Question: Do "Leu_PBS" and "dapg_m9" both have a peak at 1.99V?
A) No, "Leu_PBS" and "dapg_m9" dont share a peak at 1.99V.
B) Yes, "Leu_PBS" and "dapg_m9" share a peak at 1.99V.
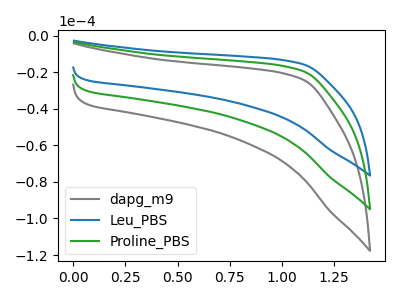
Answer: <think>The gray curve "dapg_m9" has no peaks. The blue curve "Leu_PBS" has no peaks. The green curve "Proline_PBS" has no peaks.</think>
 <answer>A) No, "Leu_PBS" and "dapg_m9" dont share a peak at 1.99V.</answer>
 <eval>A</eval>